Medical and sanitary report of the native army of Madras for the year
Year: 1877
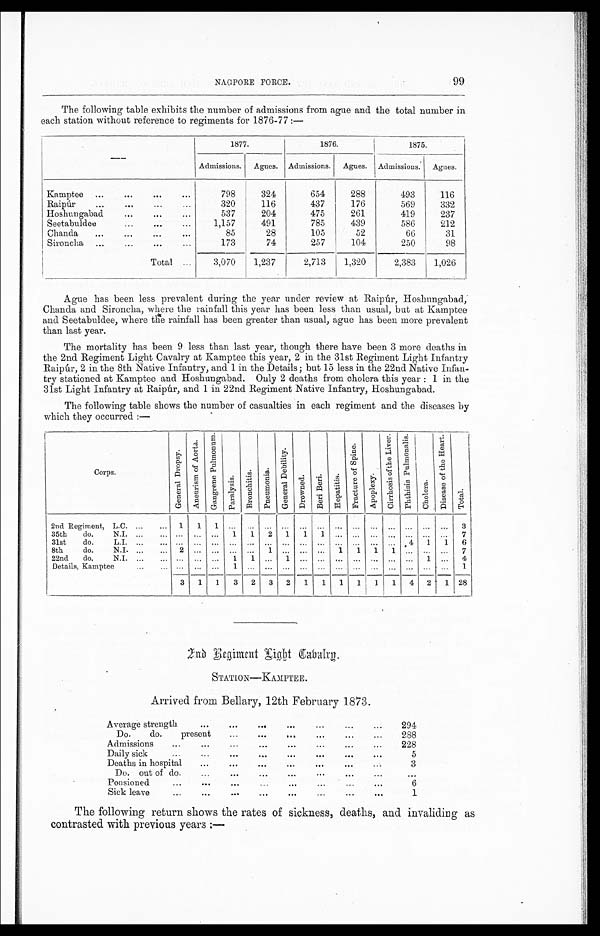
99
NAGPORE FORCE
The following table exhibits the number of admissions from ague and the total number in
each station without reference to regiments for 1876-77:—
—
1877.
1876.
1875.
Admissions. Agues. Admissions. Agues. Admissions. Agnes.
Kamptee ...
...
...
...
798
324
654
288
493
116
Raipúr
...
...
...
. . .
320
116
437
176
569
332
Hoshungabad
...
...
...
537
204
475
261
419
237
Seetabuldee
...
...
...
1,157
491
785
439
586
212
Chanda
...
...
...
...
85
28
105
52
66
31
Sironcha ...
...
...
...
173
74
257
104
250
98
Total...
3,070
1,237
2,713
1,320
2,383
1,026
Ague has been less prevalent during the year under review at Raipúr, Hoshungabad,
Chanda and Sironcha, wire the rainfall this year has been less than usual, but at Kamptee
and Seetabuldee, where the rainfall has been greater than usual, ague has been more prevalent
than last year.
The mortality has been 9 less than last year, though there have been 3 more deaths in
the 2nd Regiment Light Cavalry at Kamptee this year, 2 in the 31st Regiment Light Infantry
Raipúr, 2 in the 8th Native Infantry, and 1 in the Details; but 15 less in the 22nd Native Infan-
try stationed at Kamptee and Hoshungabad. Only 2 deaths from cholera this year : 1 in the
31st Light Infantry at Raipúr, and 1 in 22nd Regiment Native Infantry, Hoshungabad.
The following table shows the number of casualties in each regiment and the diseases by
which they occurred:—
Corps.
G e n e r a l D r o p s y .
A n e u r i s m o f A o r t a .
G a n g r e n e P u l m o n u m .
P a r a l y s i s .
B r o n c h i t i s .
P n e u m o n i a .
G e n e r a l D e b i l i t y .
D r o w n e d .
Ber i Ber i . Hepat i t i s.
F r a c t u r e o f S p i n e .
A p o p l e x y .
C i r r h o s i s o f t h e L i v e r .
P h t h i s i s P u l mo n a l i s .
C h o l e r a .
D i s e a s e o f t h e H e a r t .
T o t a l .
2nd Regiment, L.C. ...
... 1
1
1 ... ... ... ... ... ... ...
... ... ... ... ... ...
3
35th do. N.I. ...
... ... ... ...
1
1
2
1
1
1 ...
...
... ... .
..... ...
7
31st do. L.I. ...
...
... ...
... ... ... ... ... ... ... ...
...
...
...
4
1
1
6
8th do. N.I. ...
...
2
... ... ... ...
1
... ... ...
1
1 1
1 ... ... ...
7
22nd do. N.I. ...
... ... ... ...
1
1 ...
1 ... ... ... ... ... ... ...
1 ...
4
Details, Kamptee
...
...
...
... ...
1
... ... ... ... ... ... ... ... ... ... ... ...
1
3
1
1
3
2
3
2
1
1
1
1
1
1
4
2
1 28
2 n d R e g i m e n t L i g h t C a b a l r g .
STATION—KAMPTEE.
Arrived from Bellary, 12th February 1873.
Average strength
...
...
...
...
...
...
...
294
Do. do. present
...
...
...
...
...
...
288
Admissions
...
... ... ... ...
...
...
228
Daily sick
...
...
...
... ... ... ...
5
Deaths in hospital
...
... ... ... ... ...
3
Do. out of do.
...
... ... ... ...
...
...
Pensioned...
... ... ... ...
...
6
Sick leave...
... ...
...
... ...
...
1
The following return shows the rates of sickness, deaths, and invaliding as
contrasted with previous years :—